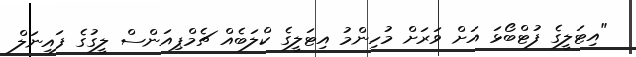
"އިޓަލީގެ ފުޓްބޯޅަ އަށް ވަރަށް މުހިންމު އިޓަލީގެ ކްލަބެއް ޗެމްޕިއަންސް ލީގުގެ ފައިނަލް